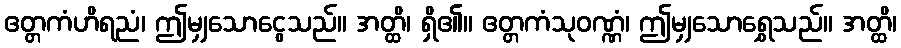
ဧတ္တကံဟိရညံ၊ ဤမျှသောငွေသည်။ အတ္ထိ၊ ရှိ၏။ ဧတ္တကံသုဝဏ္ဏံ၊ ဤမျှသောရွှေသည်။ အတ္ထိ၊